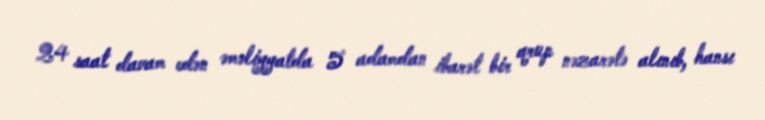
24 saat davam edən əməliyyatda 5 adamdan ibarət bir qrup nəzarətə alınıb, hansı